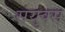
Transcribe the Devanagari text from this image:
संयुक्स